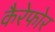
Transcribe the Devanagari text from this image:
कैरेफोर